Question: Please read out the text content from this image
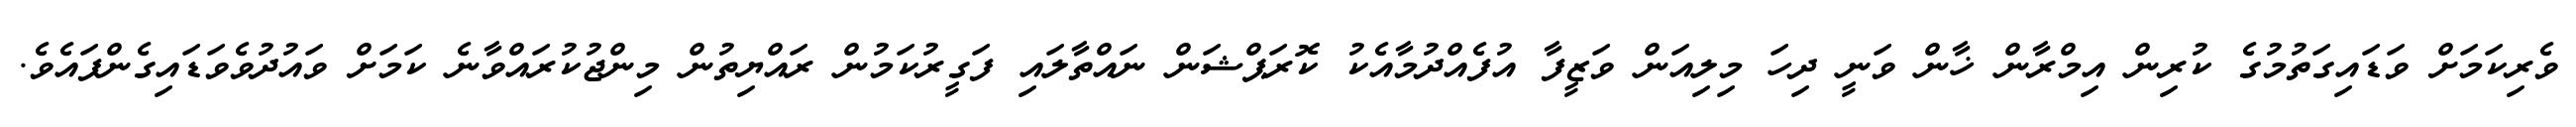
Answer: ވެރިކަމަށް ވަޑައިގަތުމުގެ ކުރިން އިމްރާން ޚާން ވަނީ ދިހަ މިލިއަން ވަޒީފާ އުފެއްދުމާއެކު ކޮރަޕްޝަން ނައްތާލައި ފަގީރުކަމުން ރައްޔިތުން މިންޖުކުރައްވާނެ ކަމަށް ވައުދުވެވަޑައިގެންފައެވެ.